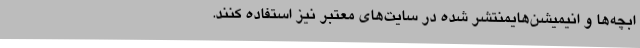
ابچه‌ها و انیمیشن‌هایمنتشر شده در سایت‌های معتبر نیز استفاده کنند.